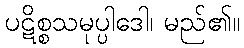
ပဋိစ္စသမုပ္ပါဒေါ၊ မည်၏။